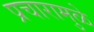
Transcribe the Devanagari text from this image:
प्रचारामुळे